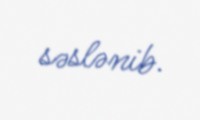
səslənib.